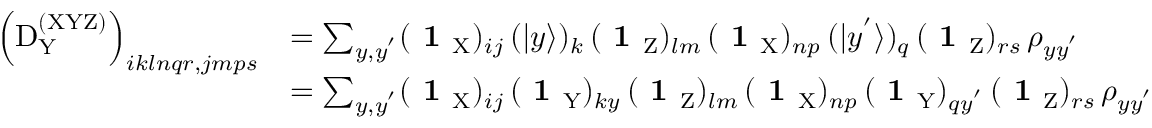
\begin{array} { r l } { \left( \mathrm { D } _ { \mathrm Y } ^ { \mathrm { ( X Y Z ) } } \right) _ { i k l n q r , j m p s } } & { = \sum _ { y , y ^ { ' } } ( \textbf { 1 } _ { \mathrm { X } } ) _ { i j } \, ( | y \rangle ) _ { k } \, ( \textbf { 1 } _ { \mathrm { Z } } ) _ { l m } \, ( \textbf { 1 } _ { \mathrm { X } } ) _ { n p } \, ( | y ^ { ' } \rangle ) _ { q } \, ( \textbf { 1 } _ { \mathrm { Z } } ) _ { r s } \, \rho _ { y y ^ { ' } } } \\ & { = \sum _ { y , y ^ { ' } } ( \textbf { 1 } _ { \mathrm { X } } ) _ { i j } \, ( \textbf { 1 } _ { \mathrm { Y } } ) _ { k y } \, ( \textbf { 1 } _ { \mathrm { Z } } ) _ { l m } \, ( \textbf { 1 } _ { \mathrm { X } } ) _ { n p } \, ( \textbf { 1 } _ { \mathrm { Y } } ) _ { q y ^ { ' } } \, ( \textbf { 1 } _ { \mathrm { Z } } ) _ { r s } \, \rho _ { y y ^ { ' } } } \end{array}